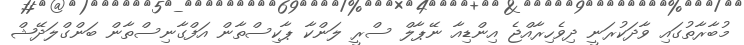
މުބާރާތުގައި ވާދަކުރަނީ ދިވެހިރާއްޖެ އިންޑިއާ ނޭޕާލް ސްރީ ލަންކާ ޕާކިސްތާން އަފްގާނިސްތާން ބަންގްލަދޭޝް